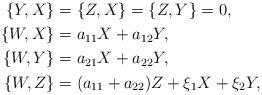
LaTeX: \begin{align*}\{Y, X\}&=\{Z, X\}=\{Z, Y\}=0,\\\{W, X\}&=a_{11}X+a_{12}Y,\\\{W, Y\}&=a_{21}X+a_{22}Y,\\\{W, Z\}&=(a_{11}+a_{22})Z+\xi_1X+\xi_2Y,\end{align*}